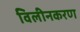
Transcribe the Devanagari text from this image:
विलीनकरण